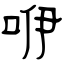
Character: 咿